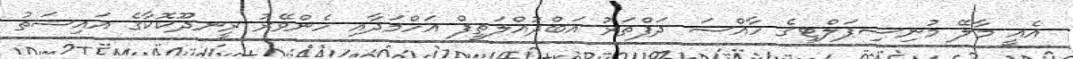
އެއީ މާލޭ މުނިސިޕަލްޓީގެ ހާއްސަ ދަފްތަރު އަބްދުއްލަތީފް އަހްމަދާއި ހެންވޭރު ރީނދޫކޮކާގެ އައިޝަތު